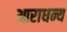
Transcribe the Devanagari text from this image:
आराधन्य